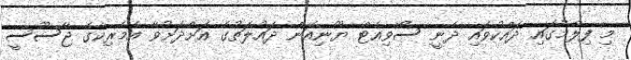
މި ފިލްމުގައި ދައްކުވައި ދެނީ ސޯވިއެޓް ޔޫނިއަން ދައުލަތުގެ އަށްދަށުވާ އެމެރިކާގެ ޖާސޫސީ